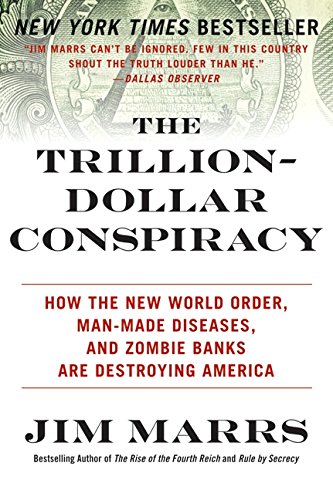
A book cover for The Trillion-Dollar Conspiracy: How the New World Order, Man-Made Diseases, and Zombie Banks Are Destroying America; Jim Marrs; Business & Money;